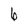
Character: 6